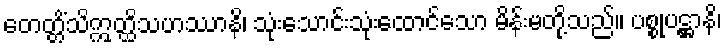
တေတ္တိံသိဣတ္ထိသဟဿာနိ၊ သုံးသောင်းသုံးထောင်သော မိန်းမတို့သည်။ ပစ္စုပဋ္ဌာနိ၊